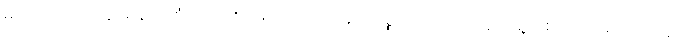
များလေသည် ခိုင်ရဲခိုင် ပုံစံကောင်းများ လယ်ယာထွက်ပစ္စည်းများ ခေါ်ယူတွေ့ဆုံစဉ် စမ်းမိလိုက်သည်